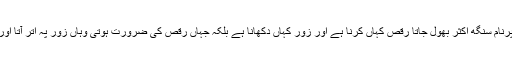
سب کچھ ٹھیک تھا مگر اک تکنیکی مسئلہ تھا پرنام سنگھ اکثر بھول جاتا رقص کہاں کرنا ہے اور زور کہاں دکھانا ہے بلکہ جہاں رقص کی ضرورت ہوتی وہاں زور پہ اتر آتا اور جہاں زور کا کام نکلتا وہاں محو رقص ہوجاتا۔